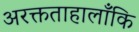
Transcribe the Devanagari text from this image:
अरक्तताहालाँकि